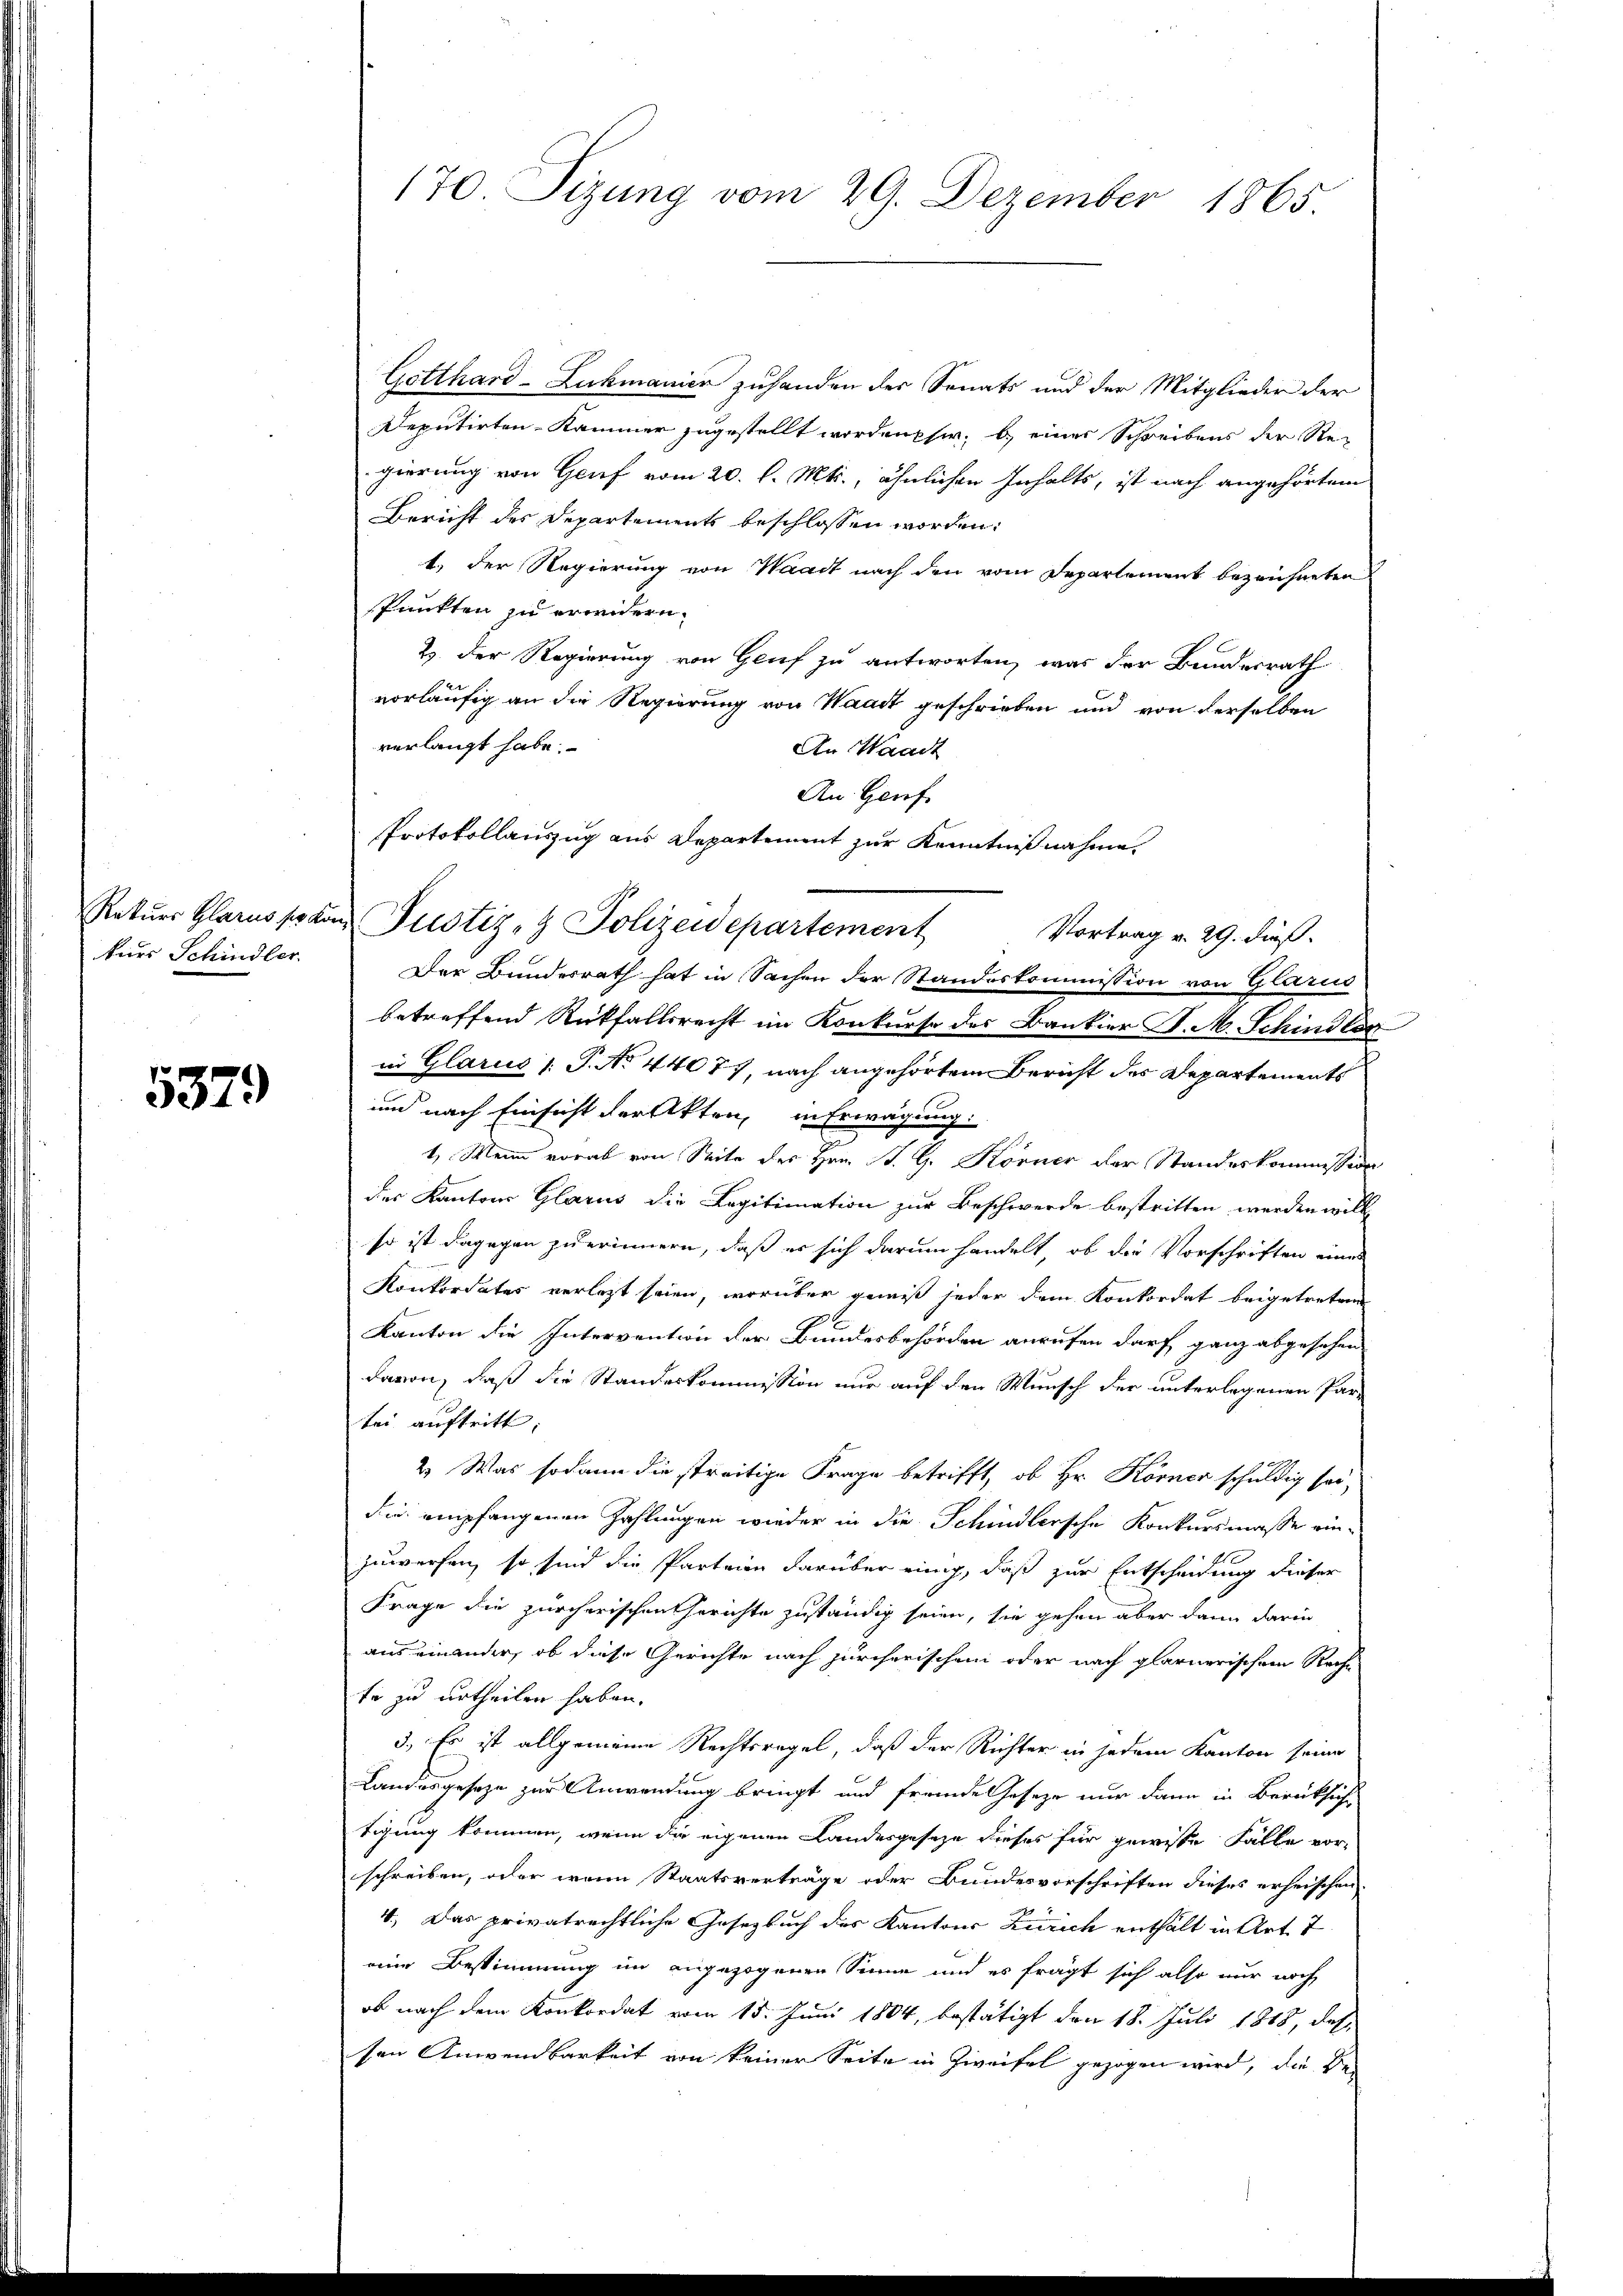
Rekurs Glarus so vor
kurs Schindler.

5379

170. Sizung vom 29. Dezember 1865.

Protokollauszug aus Departement zur Kenntniß nahme.
u Justiz- & Polizeidepartement
Vortrag v. 29. dieß.

Gotthard-Lukmanier zuhanden der Senats und der Mitglieder der
Deputirten-Kammer zugestellt worden her, b) einer Schreibens der Regierung von Genf vom 20. l. Mts., ähnlichen Inhalts, ist nach angehörtem
Bericht des Departements beschlossen worden.
1.) Der Regierung von Waadt nach den vom Departement bezeichneten
spunkten zu erweidern.
2. Der Regierung von Gluf zu antworten, was der Bundesrath
vorläufig an die Regierung von Waadt geschrieben und von derselben
verlangt habe.
An Waadt
An Genf.
Der Bundesrath hat in Sachen der Standeskommission von Glarus
betreffend Rückfallsrecht im Konkurse des Bankier J. M. Schindler
in Glarus /: P. No 44077, nach angehörtem Bericht des Departements
und nach Einsicht der Akten, in Erwägung:
1. Wenn vorab von Seite des Hrn. B. G. Körner der Standeskommission
der Kantons Glarus die Legitimation zur Beschwerde bestritten werden will
so ist dagegen zu erinnern, daß es sich darum handelt, ob die Vorschriften eines
Konkordates verletzt seien, worüber gewiß jeder dem Konkordat beigetreten
Kanton die Intervention der Bundesbehörden anrufen darf ganz abgesehen
davon, daß die Standeskommission nur auf den Wunsch der unterlegenen Partei auftritt;
2.) Was sodann die streitige Frage betrifft, ob Hr. Körner schuldig sei,
die empfangenen Zahlungen wieder in die Schindlersche Konkursmasse einzuwerfen, so sind die Parteien darüber einig, daß zur Entscheidung dieser
Frage die zürcherischen Gerichte zuständig seien, sie gehen aber dann darin
aus einander, ob diese Gerichte nach zürcherischen oder nach glarnerischem Recht
te zu urtheilen haben.
3.) Es ist allgemeine Rechtsregel, daß der Richter in jedem Kanton seine
Landesgeseze zur Anwendung bringt und fremde Geseze nur dann in Berücksicht
tigung kommen, wenn die eigenen Landesgeseze dieses für gewisse Fälle vorschreiben, oder wenn Staatsverträge oder Bundesvorschriften dieses erheischen.
4. Das privatrechtliche Gesetzbuch des Kantons Zürich enthält in Art. 7
eine Bestimmung im angezogenen Sinne und es fragt sich also nur noch
ob nach dem Konkordat vom 15. Juni 1804, bestätigt den 18. Juli 1848, das
sen Anwendbarkeit von keiner Seite in Zweifel gezogen wird, die Be